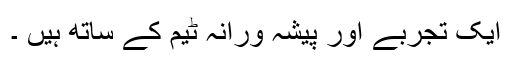
ایک تجربے اور پیشہ ورانہ ٹیم کے ساتھ ہیں ۔